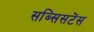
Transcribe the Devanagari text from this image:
सब्सिसटेंस